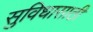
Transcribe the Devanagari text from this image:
सुविधासाठी